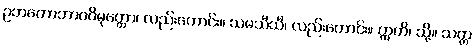
ဥဘတောဘာဂဝိမုတ္တော၊ လည်းကောင်း။ သမသီသီ၊ လည်းကောင်း။ ဣတိ၊ သို့။ သတ္တ